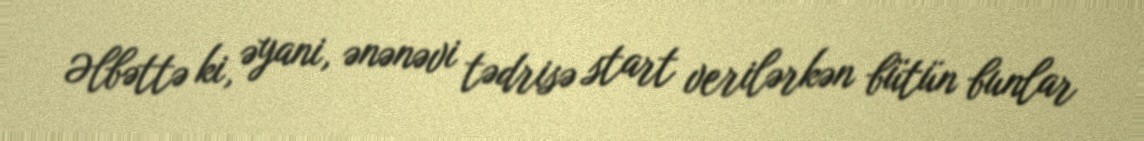
Əlbəttə ki, əyani, ənənəvi tədrisə start verilərkən bütün bunlar